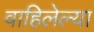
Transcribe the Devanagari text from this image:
वाहिलेल्‍या